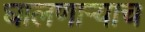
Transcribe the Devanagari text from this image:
घालणाऱ्याच